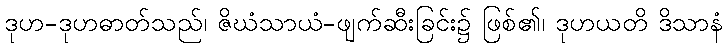
ဒုဟ-ဒုဟဓာတ်သည်၊ ဇိဃံသာယံ-ဖျက်ဆီးခြင်း၌ ဖြစ်၏၊ ဒုဟယတိ ဒိသာနံ